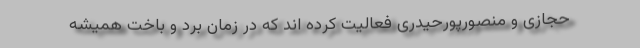
حجازی و منصورپورحیدری فعالیت کرده اند که در زمان برد و باخت همیشه